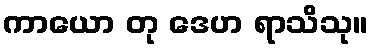
ကာယော တု ဒေဟ ရာသိသု။